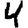
Digit: 4